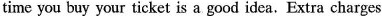
time you buy your ticket is a good idea.Extra charges